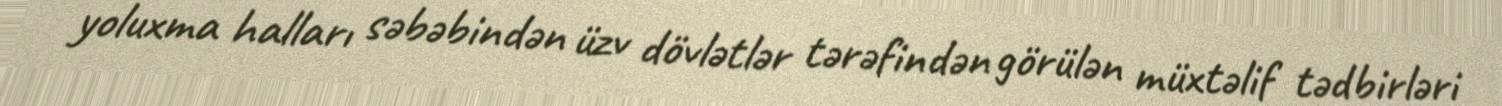
yoluxma halları səbəbindən üzv dövlətlər tərəfindən görülən müxtəlif tədbirləri